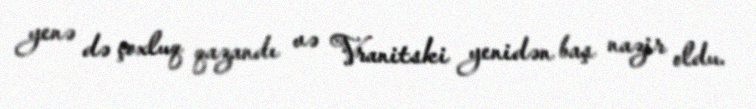
yenə də çoxluq qazandı və Vranitski yenidən baş nazir oldu.